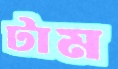
টাম